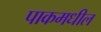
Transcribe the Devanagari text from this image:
पाकमधील